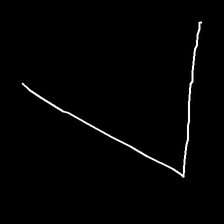
Glyph: region